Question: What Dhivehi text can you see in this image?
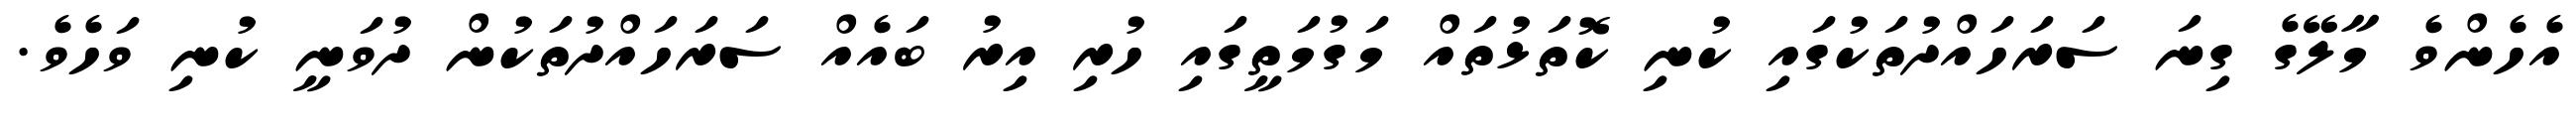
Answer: އެހެންވެ މާލޭގެ ގިނަ ސަރަހައްދުތަކުގައި ކުނި ކޮތަޅުތައް މަގުމަތީގައި ހުރި އިރު ބައެއް ސަރަހައްދުތަކުން ދުވަނީ ކުނި ވަހެވެ.